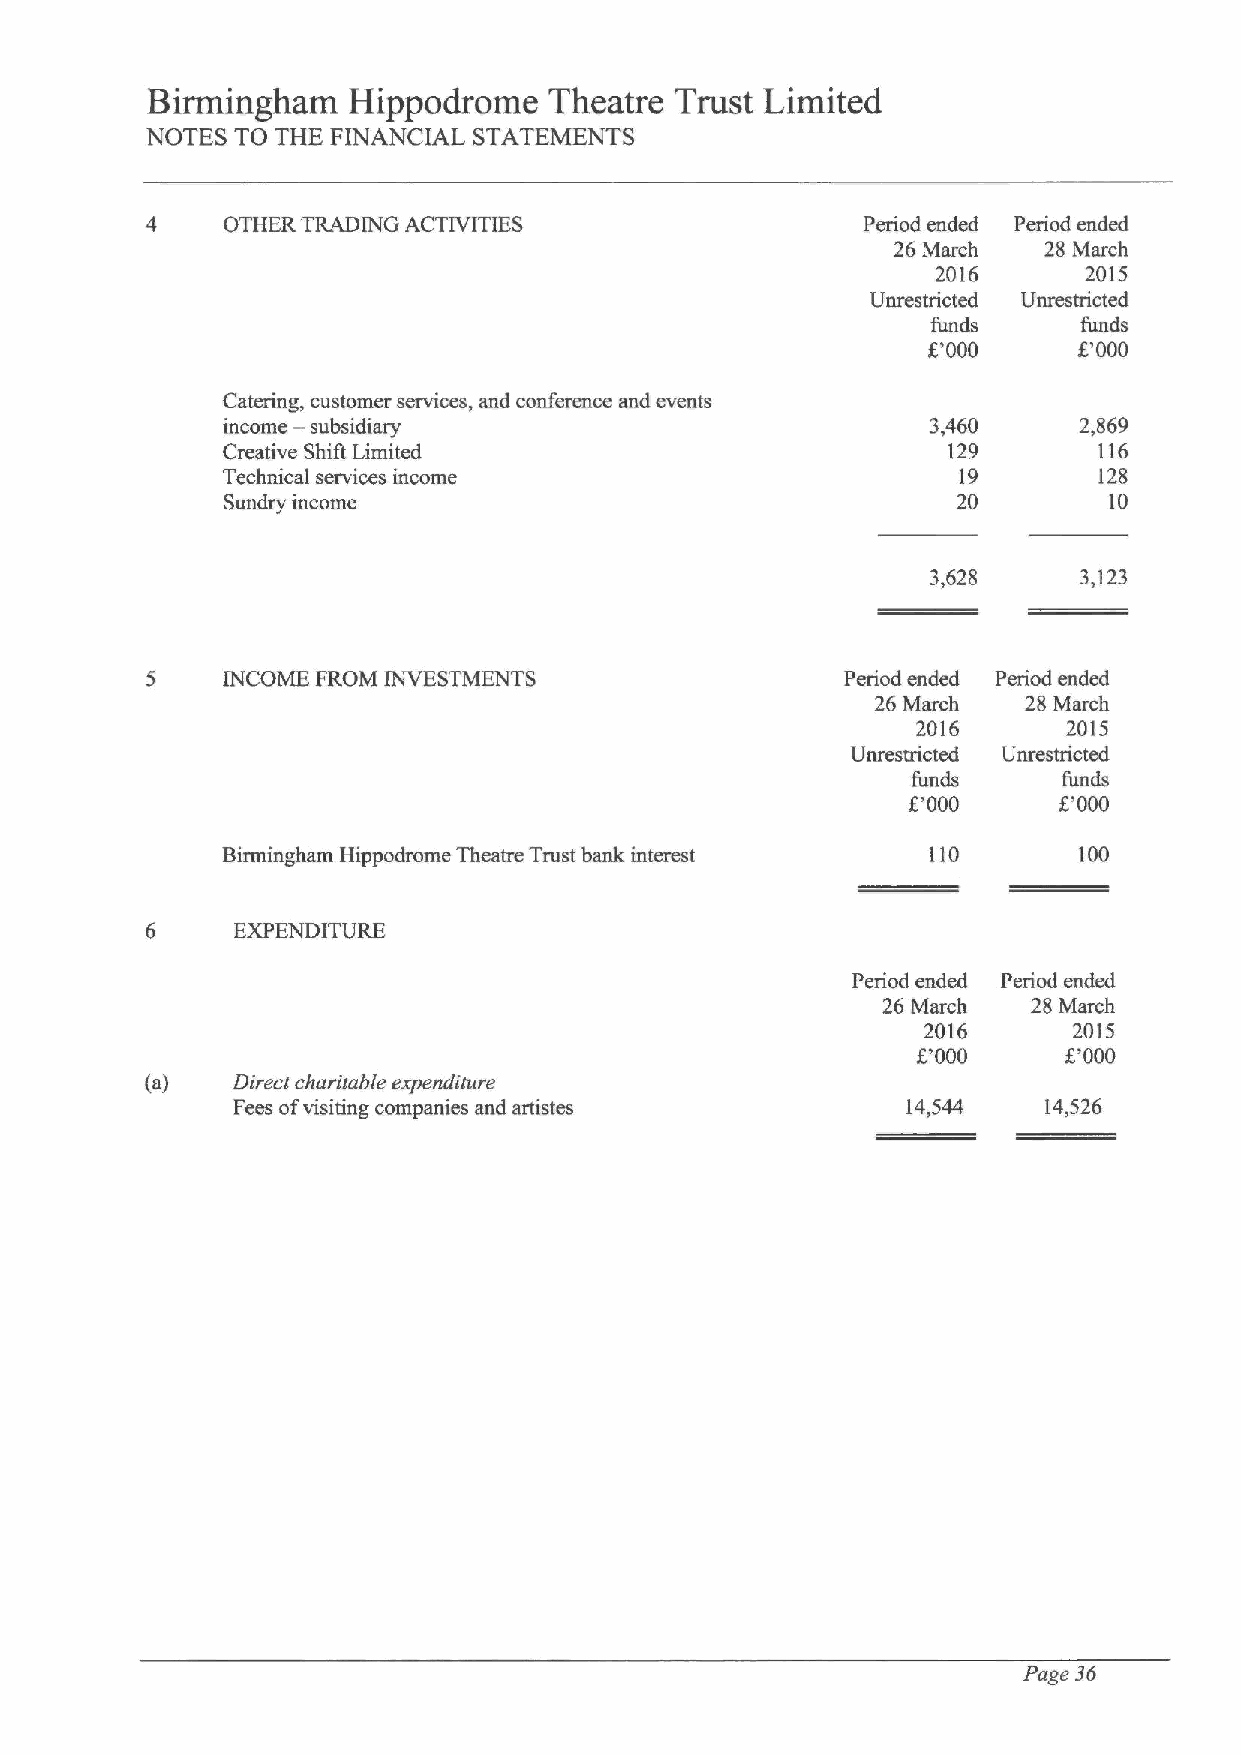
Birmingham   Hippodrome   Theatre  Trust Limited
 NOTES TO THE FINANCIAL STATEMENTS
 4    OTHER TRADING ACTIVITIES                  Period ended Period ended
 26 March  28 March
 2016      2015
 Unrestricted Unrestricted
 funds     funds
 K'000     g'000
 Catering, customer services, and conference and events
 income — subsidiary                            3,460    2,869
 Creative Shift Limited                          129       116
 Technical services income                       19        128
 Sundry income                                   20        10
 3,628    3,123
 5    INCOME FROM INVESTMENTS                  Period ended Period ended
 26 March  28 March
 2016      2015
 Unrestricted Unrestricted
 funds     funds
 g'000     g'000
 Birmingham Hippodrome Theatre Trust bank interest 110   100
 6    EXPENDITURE
 Period ended Period ended
 26 March  28 March
 2016      2015
 F000      K'000
 (a)  Direct charitable expenditure
 Fees ofvisiting companies and artistes       14,544   14,526
 Page 36